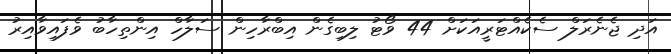
އަދި ޖެނެރަލް ސެކެއްޓަރީއަކަށް 44 ވޯޓު ލިިބިގެން އިބްރާހިން ސަލާހް އިންތިހާބު ވެފައިވާއިރު